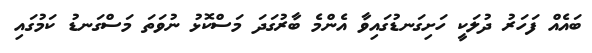
ބައެއް ފަހަރު ދުލަކީ ހަށިގަނޑުގައިވާ އެންމެ ބާރުގަދަ މަސްކޮޅު ނުވަތަ މަސްގަނޑު ކަމުގައި